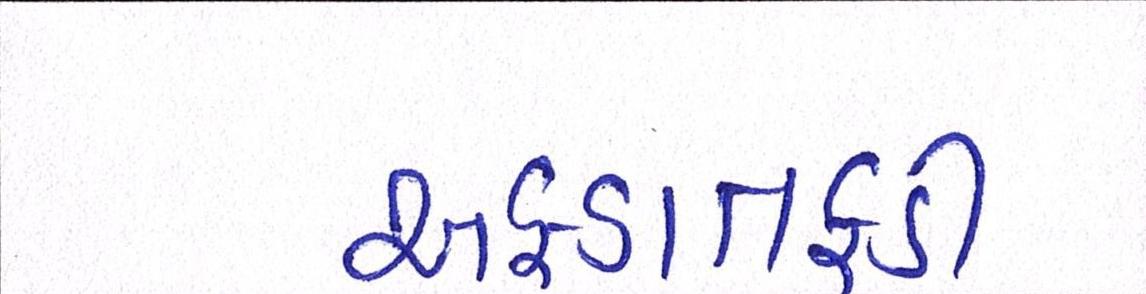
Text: અફડાતફડી